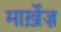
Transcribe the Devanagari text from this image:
मार्ख़ेज़